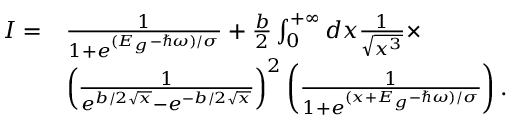
\begin{array} { r l } { I = } & { \frac { 1 } { 1 + e ^ { ( E _ { g } - \hbar \omega ) / \sigma } } + \frac { b } { 2 } \int _ { 0 } ^ { + \infty } d x \frac { 1 } { \sqrt { x ^ { 3 } } } \times } \\ & { \left( \frac { 1 } { e ^ { b / 2 \sqrt { x } } - e ^ { - b / 2 \sqrt { x } } } \right) ^ { 2 } \left( \frac { 1 } { 1 + e ^ { ( x + E _ { g } - \hbar \omega ) / \sigma } } \right) . } \end{array}